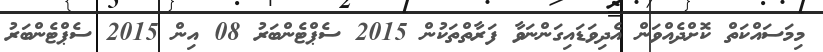
މިމަސައްކަތް ކޮށްދެއްވަން އެދިވަޑައިގަންނަވާ ފަރާތްތަކުން 2015 ސެޕްޓެންބަރު 08 އިން 2015 ސެޕްޓެންބަރު